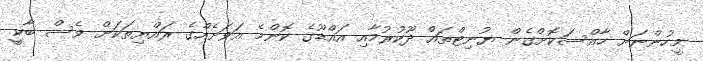
މީހުންނަށް ހާއްސަކޮށްގެން ޔުނިޓްތައް ދޫކުރުމާއި އައްޑޫގެ ކޮންމެ އަވަށެއްގެ ރައްޔިތަކަށް ވެސް ބާކީ